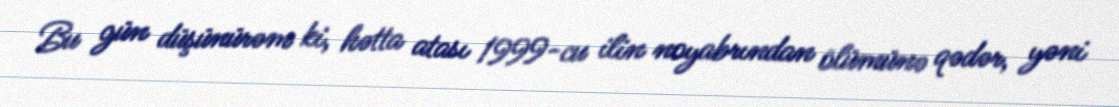
Bu gün düşünürəm ki, hətta atası 1999-cu ilin noyabrından ölümünə qədər, yəni